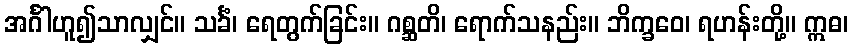
အင်္ဂါဟူ၍သာလျှင်။ သင်္ခံ၊ ရေတွက်ခြင်း။ ဂစ္ဆတိ၊ ရောက်သနည်း။ ဘိက္ခဝေ၊ ရဟန်းတို့။ ဣဓ၊